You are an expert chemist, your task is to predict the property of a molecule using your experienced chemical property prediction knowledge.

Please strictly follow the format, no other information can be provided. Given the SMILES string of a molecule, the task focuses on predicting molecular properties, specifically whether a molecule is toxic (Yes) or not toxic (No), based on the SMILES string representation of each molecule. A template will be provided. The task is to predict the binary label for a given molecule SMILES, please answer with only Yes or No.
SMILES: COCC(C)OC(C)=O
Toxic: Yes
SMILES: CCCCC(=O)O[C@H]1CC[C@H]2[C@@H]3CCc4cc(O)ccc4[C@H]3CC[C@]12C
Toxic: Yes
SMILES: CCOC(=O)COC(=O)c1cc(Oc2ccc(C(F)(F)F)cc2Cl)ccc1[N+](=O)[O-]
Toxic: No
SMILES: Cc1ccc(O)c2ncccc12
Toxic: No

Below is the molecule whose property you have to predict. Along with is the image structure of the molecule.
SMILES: CNC1(c2ccccc2Cl)CCCCC1=O
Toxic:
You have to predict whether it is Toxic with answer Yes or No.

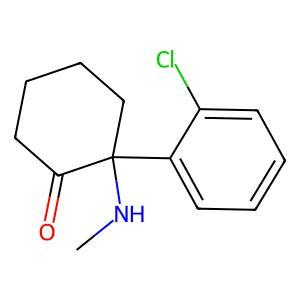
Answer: No